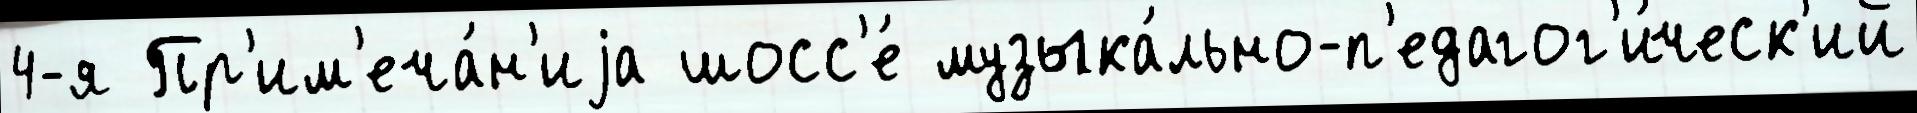
4-я Пр'им'еча́н'иjа шосс'е́ музыка́льно-п'едагог'и́ческ'ий